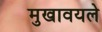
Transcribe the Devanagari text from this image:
मुखावयले